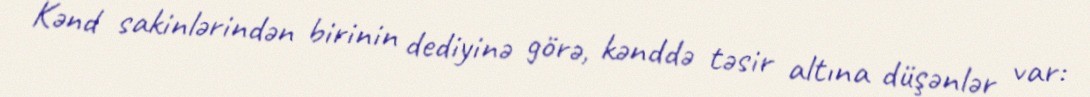
Kənd sakinlərindən birinin dediyinə görə, kənddə təsir altına düşənlər var: